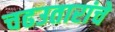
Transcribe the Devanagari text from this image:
चढउतारांचे